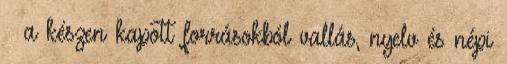
– a készen kapott forrásokból vallás, nyelv és népi